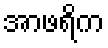
အာဖရိက